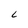
Character: L